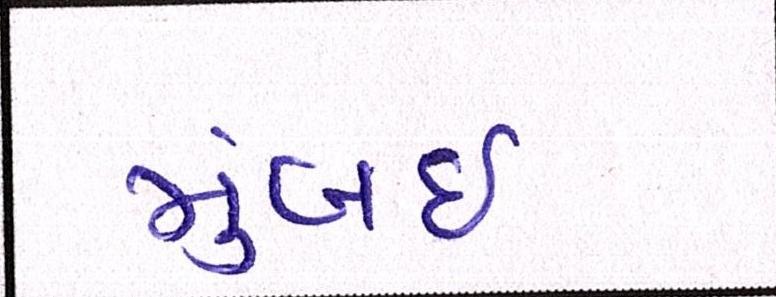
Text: મુંબઇઃ